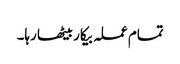
تمام عملہ بیکار بیٹھا رہا۔